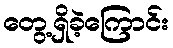
တွေ့ရှိခဲ့ကြောင်း